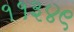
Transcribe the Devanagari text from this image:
११३४९